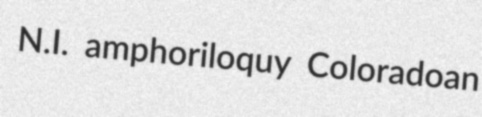
N.I. amphoriloquy Coloradoan